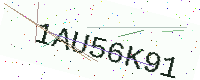
Text: 1AU56K91